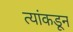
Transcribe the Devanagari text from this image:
त्यांकडून